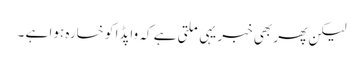
لیکن پھر بھی خبر یہی ملتی ہے کہ واپڈا کو خسارہ ہوا ہے ۔